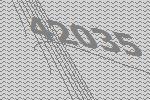
42035